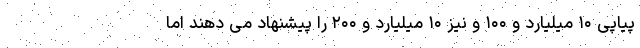
پیاپی ۱۰ میلیارد و ۱۰۰ و نیز ۱۰ میلیارد و ۲۰۰ را پیشنهاد می دهند اما